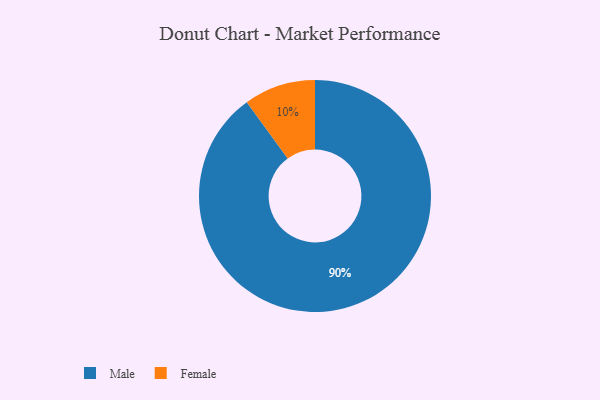
{"axis": {"x": "Category", "y": "Percentage"}, "legend": ["Female", "Male"], "data": [{"x": "Female", "y": 10, "type": "Female"}, {"x": "Male", "y": 90, "type": "Male"}]}